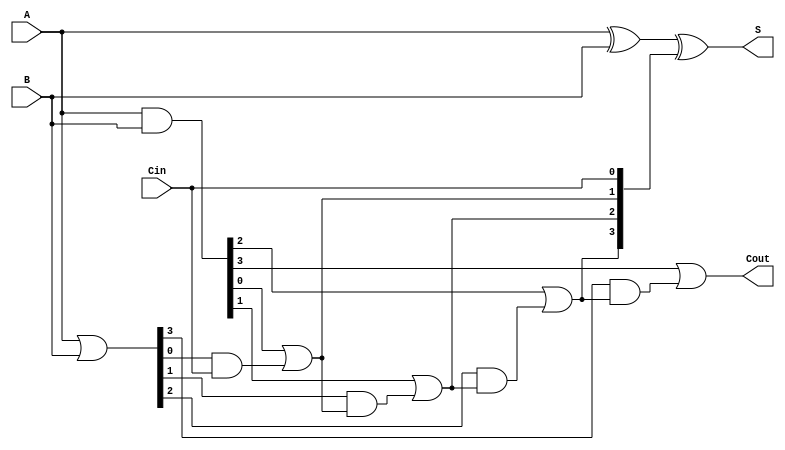
module VLCLA #(parameter N = 4) (
    input [N-1:0] A,          // n-bit binary number A
    input [N-1:0] B,          // n-bit binary number B
    input Cin,                // Carry-in
    output [N-1:0] S,         // n-bit Sum
    output Cout               // Carry-out
);

    // Generate and Propagate Signals
    wire [N-1:0] G; // Generate
    wire [N-1:0] P; // Propagate
    wire [N:0] C;    // Carry bits

    assign G = A & B;             // Gi = Ai AND Bi
    assign P = A | B;             // Pi = Ai OR Bi
    assign C[0] = Cin;            // C0 = Cin

    // Carry Calculation
    genvar i;
    generate
        for (i = 0; i < N; i = i + 1) begin : carry_gen
            assign C[i+1] = G[i] | (P[i] & C[i]); // Ci+1 = Gi OR (Pi AND Ci)
        end
    endgenerate

    // Sum Calculation
    assign S = A ^ B ^ C[N-1:0]; // Si = Ai XOR Bi XOR Ci

    // Carry-out
    assign Cout = C[N]; // Final carry out signal

endmodule